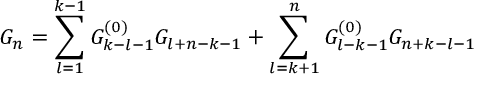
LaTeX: G _ { n } = \sum _ { l = 1 } ^ { k - 1 } G _ { k - l - 1 } ^ { ( 0 ) } G _ { l + n - k - 1 } + \sum _ { l = k + 1 } ^ { n } G _ { l - k - 1 } ^ { ( 0 ) } G _ { n + k - l - 1 }